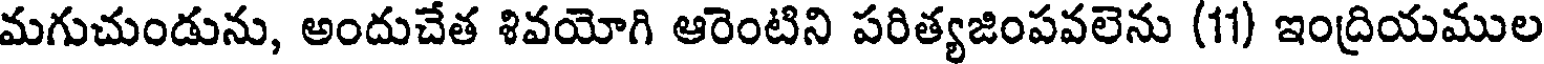
మగుచుండును, అందుచేత శివయోగి ఆరెంటిని పరిత్యజింపవలెను (11) ఇంద్రియముల